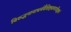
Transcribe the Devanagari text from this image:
विरुद्धनानाधर्मवैशिष्ट्यावगाहिज्ञानं